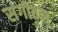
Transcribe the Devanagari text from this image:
संगीतम्‌